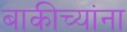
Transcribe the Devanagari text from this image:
बाकीच्यांना